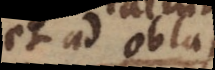
et ad oblata